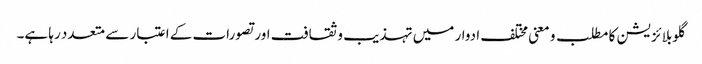
گلوبلائزیشن کا مطلب و معنی مختلف ادوار میں تہذیب و ثقافت اور تصورات کے اعتبار سے متعدد رہا ہے۔